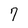
Character: 7